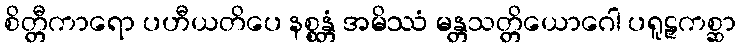
စိတ္တီကာရော ပဟီယတိပေ နစ္စန္တံ အမိဿံ မန္တသတ္တိယောဂေါ ပရူဠှကစ္ဆာ